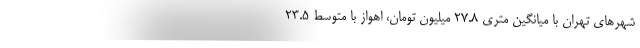
شهرهای تهران با میانگین متری ۲۷.۸ میلیون تومان، اهواز با متوسط ۲۳.۵